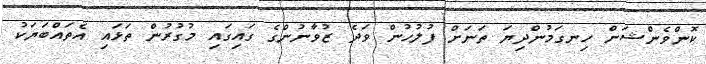
ކޮންވެންޝަން ހިނގަމުންދިޔަ ތަނަށް ފުލުހުން ވަދެ ޒުވާނުންގެ ގައިގައި މުގުރުން ތަޅައި އެތައްބަޔަކު